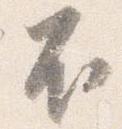
不